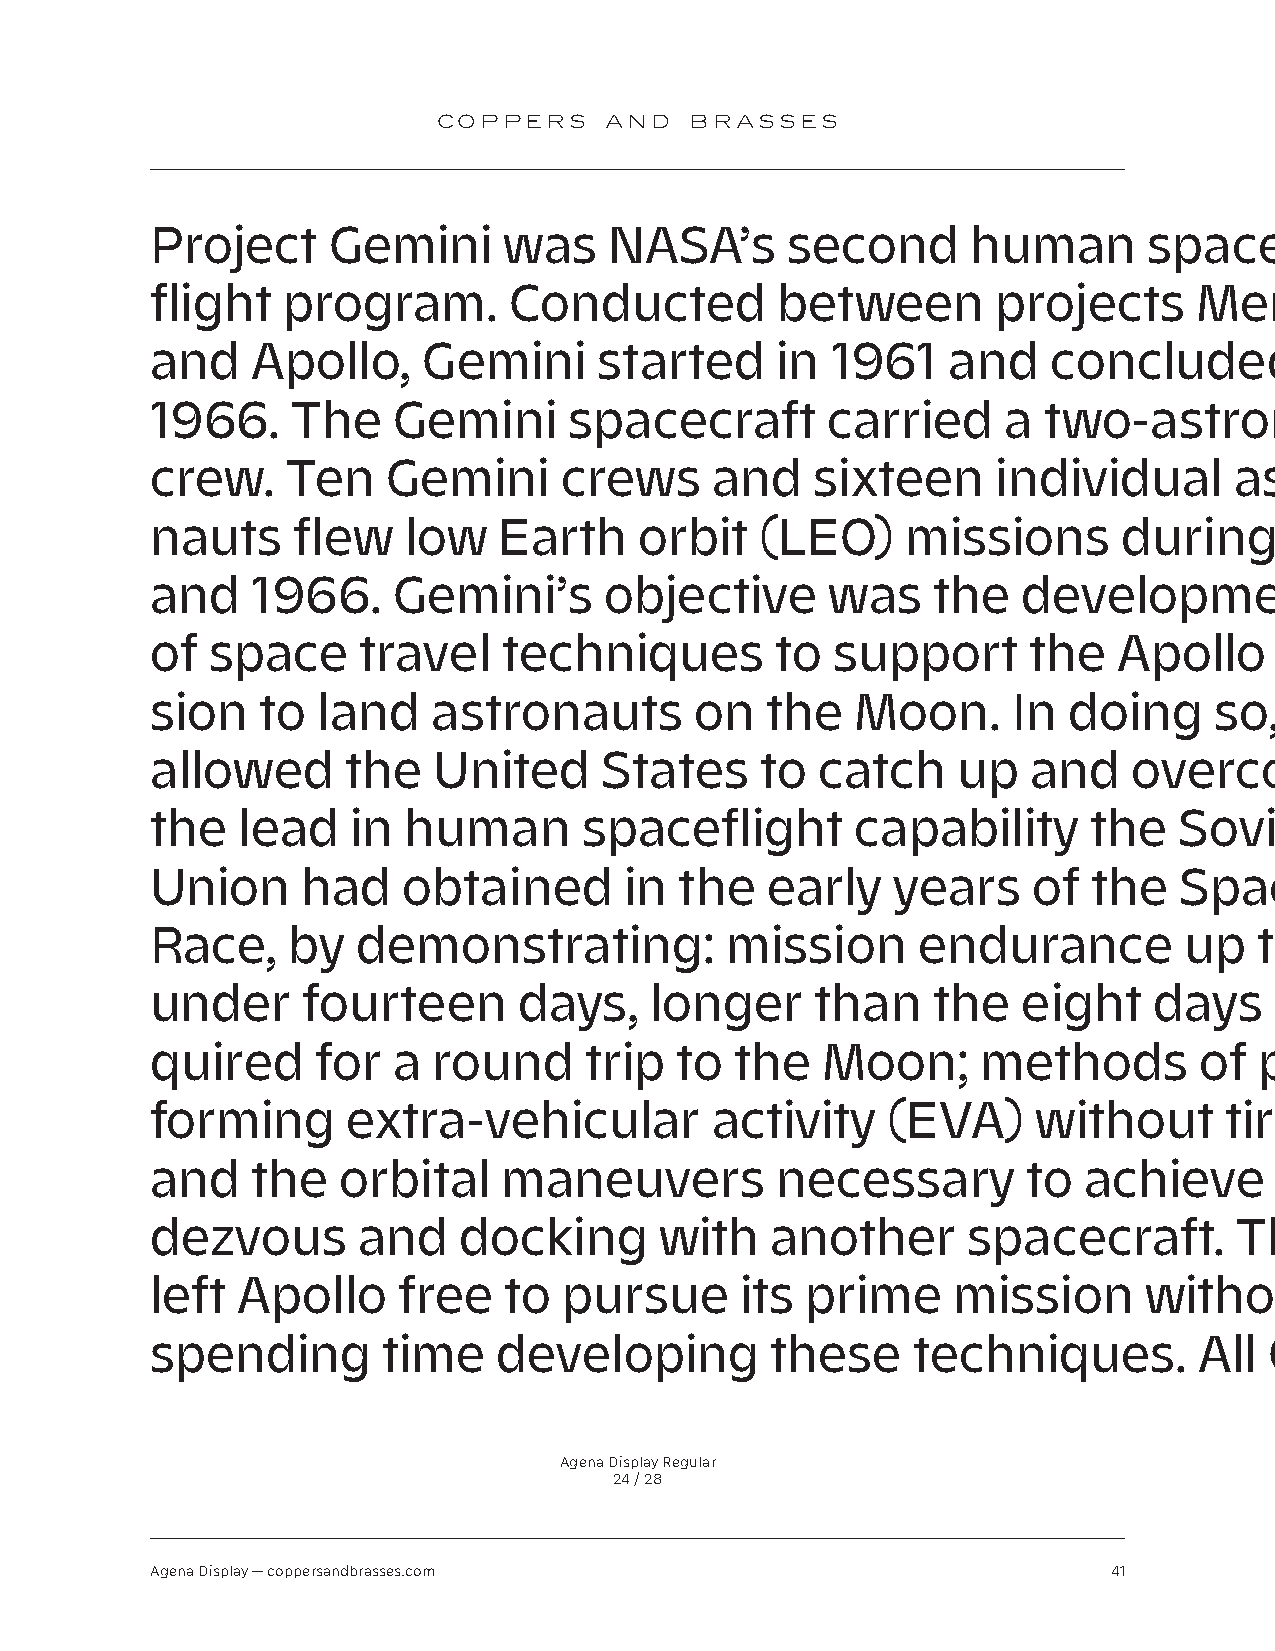
COPPERS    AND   BRASSES
 Project     Gemini     was    NASA’s      second      human       space-
 flight   program.       Conducted        between        projects     Mercury
 and    Apollo,    Gemini      started    in  1961    and    concluded        in
 1966.    The    Gemini      spacecraft       carried     a two-astronaut
 crew.    Ten    Gemini     crews     and    sixteen     individual      astro-
 nauts    flew    low   Earth    orbit   (LEO)     missions      during     1965
 and    1966.    Gemini’s      objective      was    the   development
 of  space     travel   techniques        to  support      the   Apollo     mis-
 sion   to  land    astronauts       on   the   Moon.     In  doing    so,  it
 allowed      the   United     States    to  catch    up   and    overcome
 the   lead   in  human       spaceflight       capability     the   Soviet
 Union     had    obtained      in  the   early   years    of  the   Space
 Race,    by   demonstrating:          mission      endurance        up   to  just
 under     fourteen      days,    longer     than    the   eight   days    re-
 quired     for  a  round     trip  to  the  Moon;      methods       of  per-
 forming      extra-vehicular         activity    (EVA)     without     tiring;
 and    the   orbital   maneuvers         necessary        to  achieve      ren-
 dezvous       and   docking       with   another      spacecraft.       This
 left  Apollo    free   to  pursue      its prime     mission      without
 spending       time    developing        these    techniques.        All  Gemi-
 Agena Display Regular
 24 / 28
 Agena Display — coppersandbrasses.com                           41